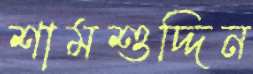
শামশুদ্দিন